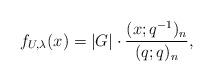
LaTeX: \begin{align*}f_{U, \lambda}(x) = |G| \cdot \frac{(x; q^{-1})_n}{(q; q)_n},\end{align*}